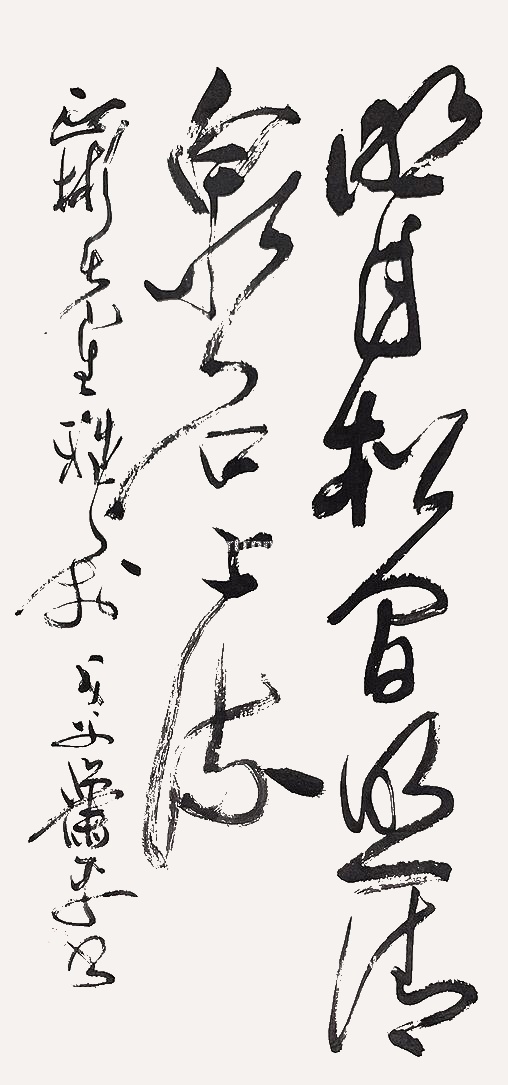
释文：明月松间照，清泉石上流。正彬先生雅属，戈父萧平书。